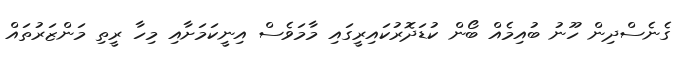
ގެނެސްދިން ހޫނު ބުއިމެއް ބޯން ކުޑަދޮރުކައިރީގައި މާމަވެސް އިނީކަމަށާއި މިހާ ރީތި މަންޒަރުތައް